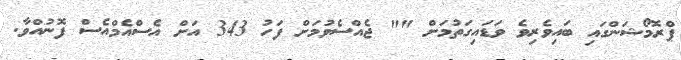
ޕްރޮމޯޝަންގައި ބައިވެރިވެ ވަޑައިގަތުމަށް "" ޖެއްސެވުމަށް ފަހު 343 އަށް އެސްއެމްއެސް ފޮނުއްވާ.